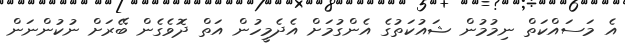
އެ މަސައްކަތް ނިމުމުން ޝައުކަތުގެ އެންގުމަށް އެދެމީހުން އަތް ދޮވެގެން ބޭރަށް ނުކުންނަން